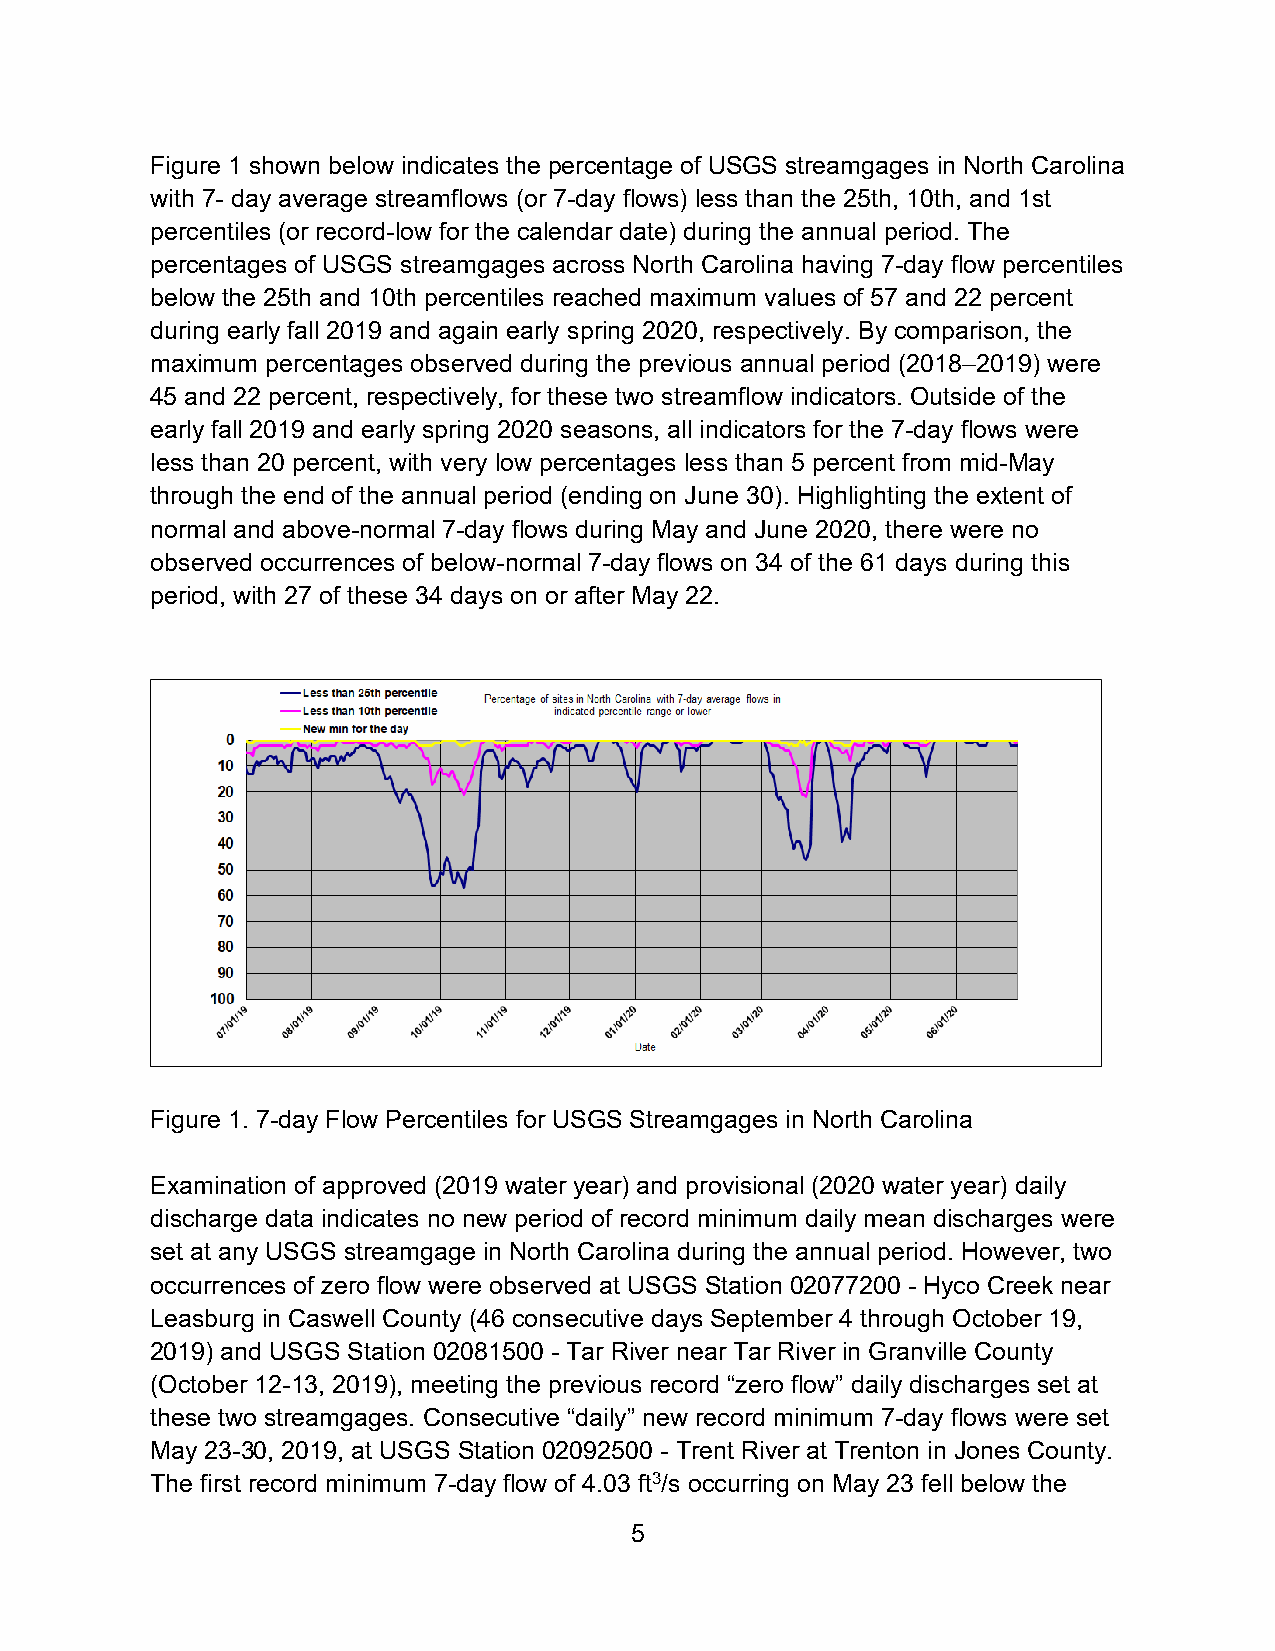
Figure 1 shown below indicates the percentage of USGS streamgages in North Carolina
 with 7- day average streamflows (or 7-day flows) less than the 25th, 10th, and 1st
 percentiles (or record-low for the calendar date) during the annual period. The
 percentages of USGS streamgages across North Carolina having 7-day flow percentiles
 below the 25th and 10th percentiles reached maximum values of 57 and 22 percent
 during early fall 2019 and again early spring 2020, respectively. By comparison, the
 maximum percentages observed during the previous annual period (2018–2019) were
 45 and 22 percent, respectively, for these two streamflow indicators. Outside of the
 early fall 2019 and early spring 2020 seasons, all indicators for the 7-day flows were
 less than 20 percent, with very low percentages less than 5 percent from mid-May
 through the end of the annual period (ending on June 30). Highlighting the extent of
 normal and above-normal 7-day flows during May and June 2020, there were no
 observed occurrences of below-normal 7-day flows on 34 of the 61 days during this
 period, with 27 of these 34 days on or after May 22.
 Figure 1. 7-day Flow Percentiles for USGS Streamgages in North Carolina
 Examination of approved (2019 water year) and provisional (2020 water year) daily
 discharge data indicates no new period of record minimum daily mean discharges were
 set at any USGS streamgage in North Carolina during the annual period. However, two
 occurrences of zero flow were observed at USGS Station 02077200 - Hyco Creek near
 Leasburg in Caswell County (46 consecutive days September 4 through October 19,
 2019) and USGS Station 02081500 - Tar River near Tar River in Granville County
 (October 12-13, 2019), meeting the previous record “zero flow” daily discharges set at
 these two streamgages. Consecutive “daily” new record minimum 7-day flows were set
 May 23-30, 2019, at USGS Station 02092500 - Trent River at Trenton in Jones County.
 The first record minimum 7-day flow of 4.03 ft3/s occurring on May 23 fell below the
 5